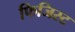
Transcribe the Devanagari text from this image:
फिजिस्ट